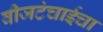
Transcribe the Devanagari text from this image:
वीजटंचाईचा